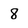
Character: 8